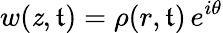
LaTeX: w(\mathit{z},\mathfrak{t})=\rho(r,\mathfrak{t})\, e^{i\theta}